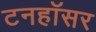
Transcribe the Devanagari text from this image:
टनहॉसर